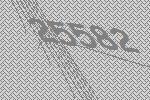
25582